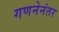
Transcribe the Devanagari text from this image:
गणनेनंतर